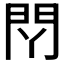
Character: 𰿛